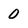
Character: 0